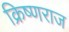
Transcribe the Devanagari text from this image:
क्रिष्णराज